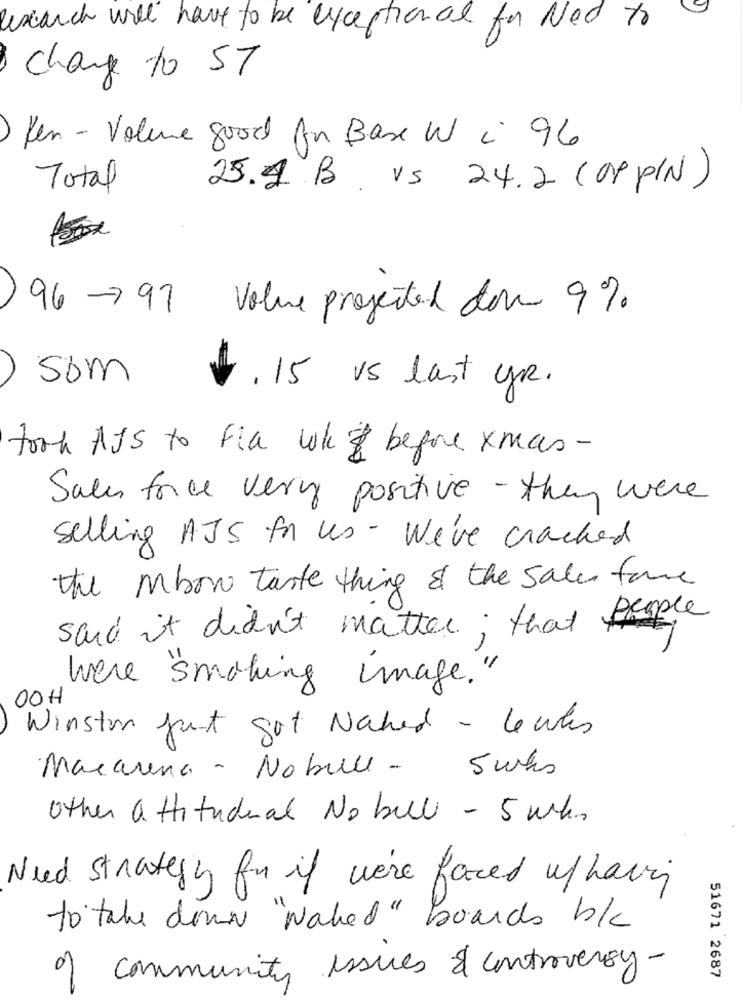
Research will have to be exceptional for Ned to
change to ST
Ken - Volume good An Base W i 96
Total
25.1 B vs 24.2 (OPPIN)
) 96-797 Value projected das 9%
som
.15 is last yr.
took AJS to Fla wk before xmas-
Sales force very positive- they were
selling AJS for us - We've cracked
the mbow taste thing & the sale fame
said it didn't matter; that people
were smoking image."
00H
Winston Just got Nahed - lewis
Macarena - Nobull - 5 who
other attitudeal No belli - 5 who
Need strategy for if we're faced w/ having
to take down "waked" boards b/c
of community issues & controversy-
51671 2687